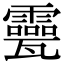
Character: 𤮮